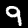
Digit: 9